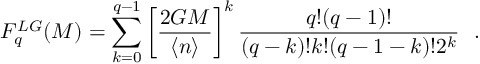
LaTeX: F _ { q } ^ { L G } ( M ) = \sum _ { k = 0 } ^ { q - 1 } \left[ \frac { 2 G M } { \langle n \rangle } \right] ^ { k } \frac { q ! ( q - 1 ) ! } { ( q - k ) ! k ! ( q - 1 - k ) ! 2 ^ { k } } \ \ .